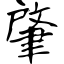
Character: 肇